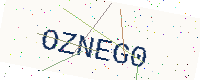
Text: OZNEG0